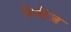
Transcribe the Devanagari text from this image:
नैनीज